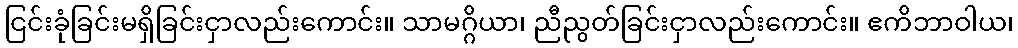
ငြင်းခုံခြင်းမရှိခြင်းငှာလည်းကောင်း။ သာမဂ္ဂိယာ၊ ညီညွတ်ခြင်းငှာလည်းကောင်း။ ဧကိဘာဝါယ၊